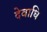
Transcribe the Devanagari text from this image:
देवाधि